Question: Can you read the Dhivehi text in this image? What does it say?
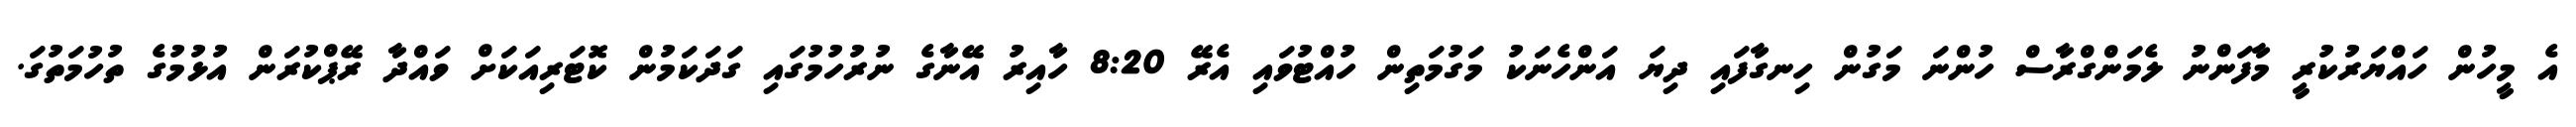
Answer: އެ މީހުން ހައްޔަރުކުރީ މާފަންނު ލެމަންގްރާސް ހުންނަ މަގުން ހިނގާފައި ދިޔަ އަންހެނަކު މަގުމަތިން ހުއްޓުވައި އެރޭ 8:20 ހާއިރު އޭނާގެ ނުރުހުމުގައި ގަދަކަމުން ކޮޓަރިއަކަށް ވައްދާ ރޭޕްކުރަން އުޅުމުގެ ތުހުމަތުގަ.